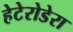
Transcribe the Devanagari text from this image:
हेटेरोडेरा